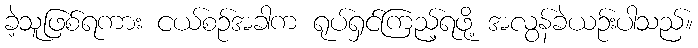
ခဲ့သူဖြစ်ရကား ငယ်စဉ်အခါက ရုပ်ရှင်ကြည့်ရဖို့ အလွန်ခဲယဉ်းပါသည်။